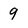
Character: 9